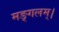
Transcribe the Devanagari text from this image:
मङ्गलम्।